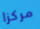
مركزا